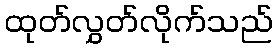
ထုတ်လွှတ်လိုက်သည်